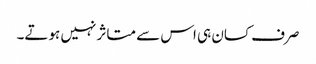
صرف کسان ہی اس سے متاثر نہیں ہوتے۔